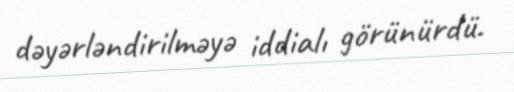
dəyərləndirilməyə iddialı görünürdü.